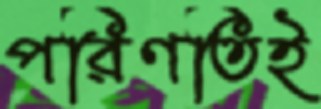
পরিণতিই